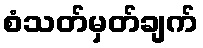
စံသတ်မှတ်ချက်